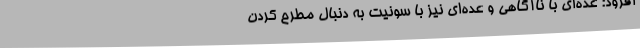
افزود: عده‌ای با ناآگاهی و عده‌ای نیز با سونیت به دنبال مطرح کردن